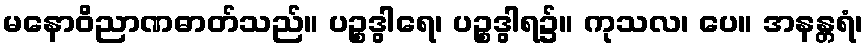
မနောဝိညာဏဓာတ်သည်။ ပဉ္စဒွါရေ၊ ပဉ္စဒွါရ၌။ ကုသလ၊ ပေ။ အနန္တရံ၊